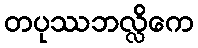
တပုဿဘလ္လိကေ